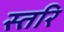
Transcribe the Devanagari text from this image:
स्तरि